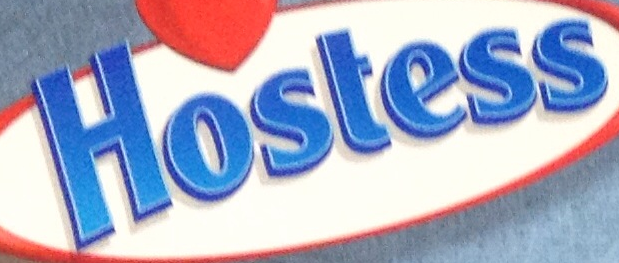
Hostess